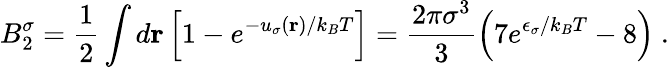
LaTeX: B_{2}^{\sigma}=\frac{1}{2}\int d\mathbf{r}\left[1-e^{-u_{\sigma}(\mathbf{r})/k_{B}T}\right]=\frac{2\pi\sigma^{3}}{3}\left(7e^{\epsilon_{\sigma}/k_{B}T}-8\right)~.